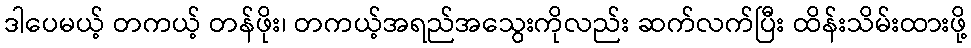
ဒါပေမယ့် တကယ့် တန်ဖိုး၊ တကယ့်အရည်အသွေးကိုလည်း ဆက်လက်ပြီး ထိန်းသိမ်းထားဖို့